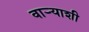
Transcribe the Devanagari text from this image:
वाऱ्याशी